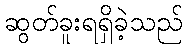
ဆွတ်ခူးရရှိခဲ့သည်